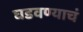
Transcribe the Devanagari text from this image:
घडवण्याचं